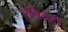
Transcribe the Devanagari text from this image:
लेबियेटी